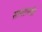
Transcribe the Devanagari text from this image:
सागरापर्यंत